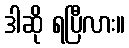
ဒါဆို ရပြီလား။